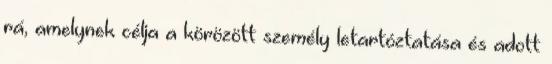
rá, amelynek célja a körözött személy letartóztatása és adott